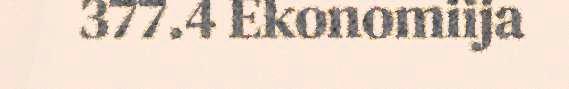
377.4 Ekonomiija